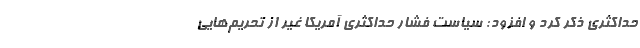
حداکثری ذکر کرد و افزود: سیاست فشار حداکثری آمریکا غیر از تحریم‌هایی